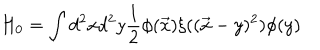
LaTeX: H _ { 0 } = \int d ^ { 2 } x d ^ { 2 } y \frac { 1 } { 2 } \phi ( \vec { x } ) \xi ( ( \vec { x } - y ) ^ { 2 } ) \phi ( y )